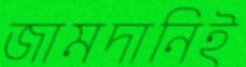
জামদানিই